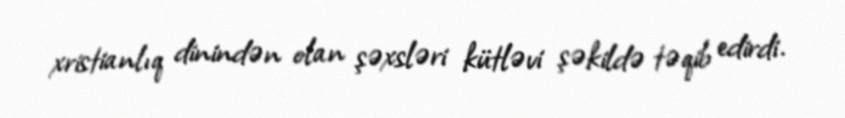
xristianlıq dinindən olan şəxsləri kütləvi şəkildə təqib edirdi.